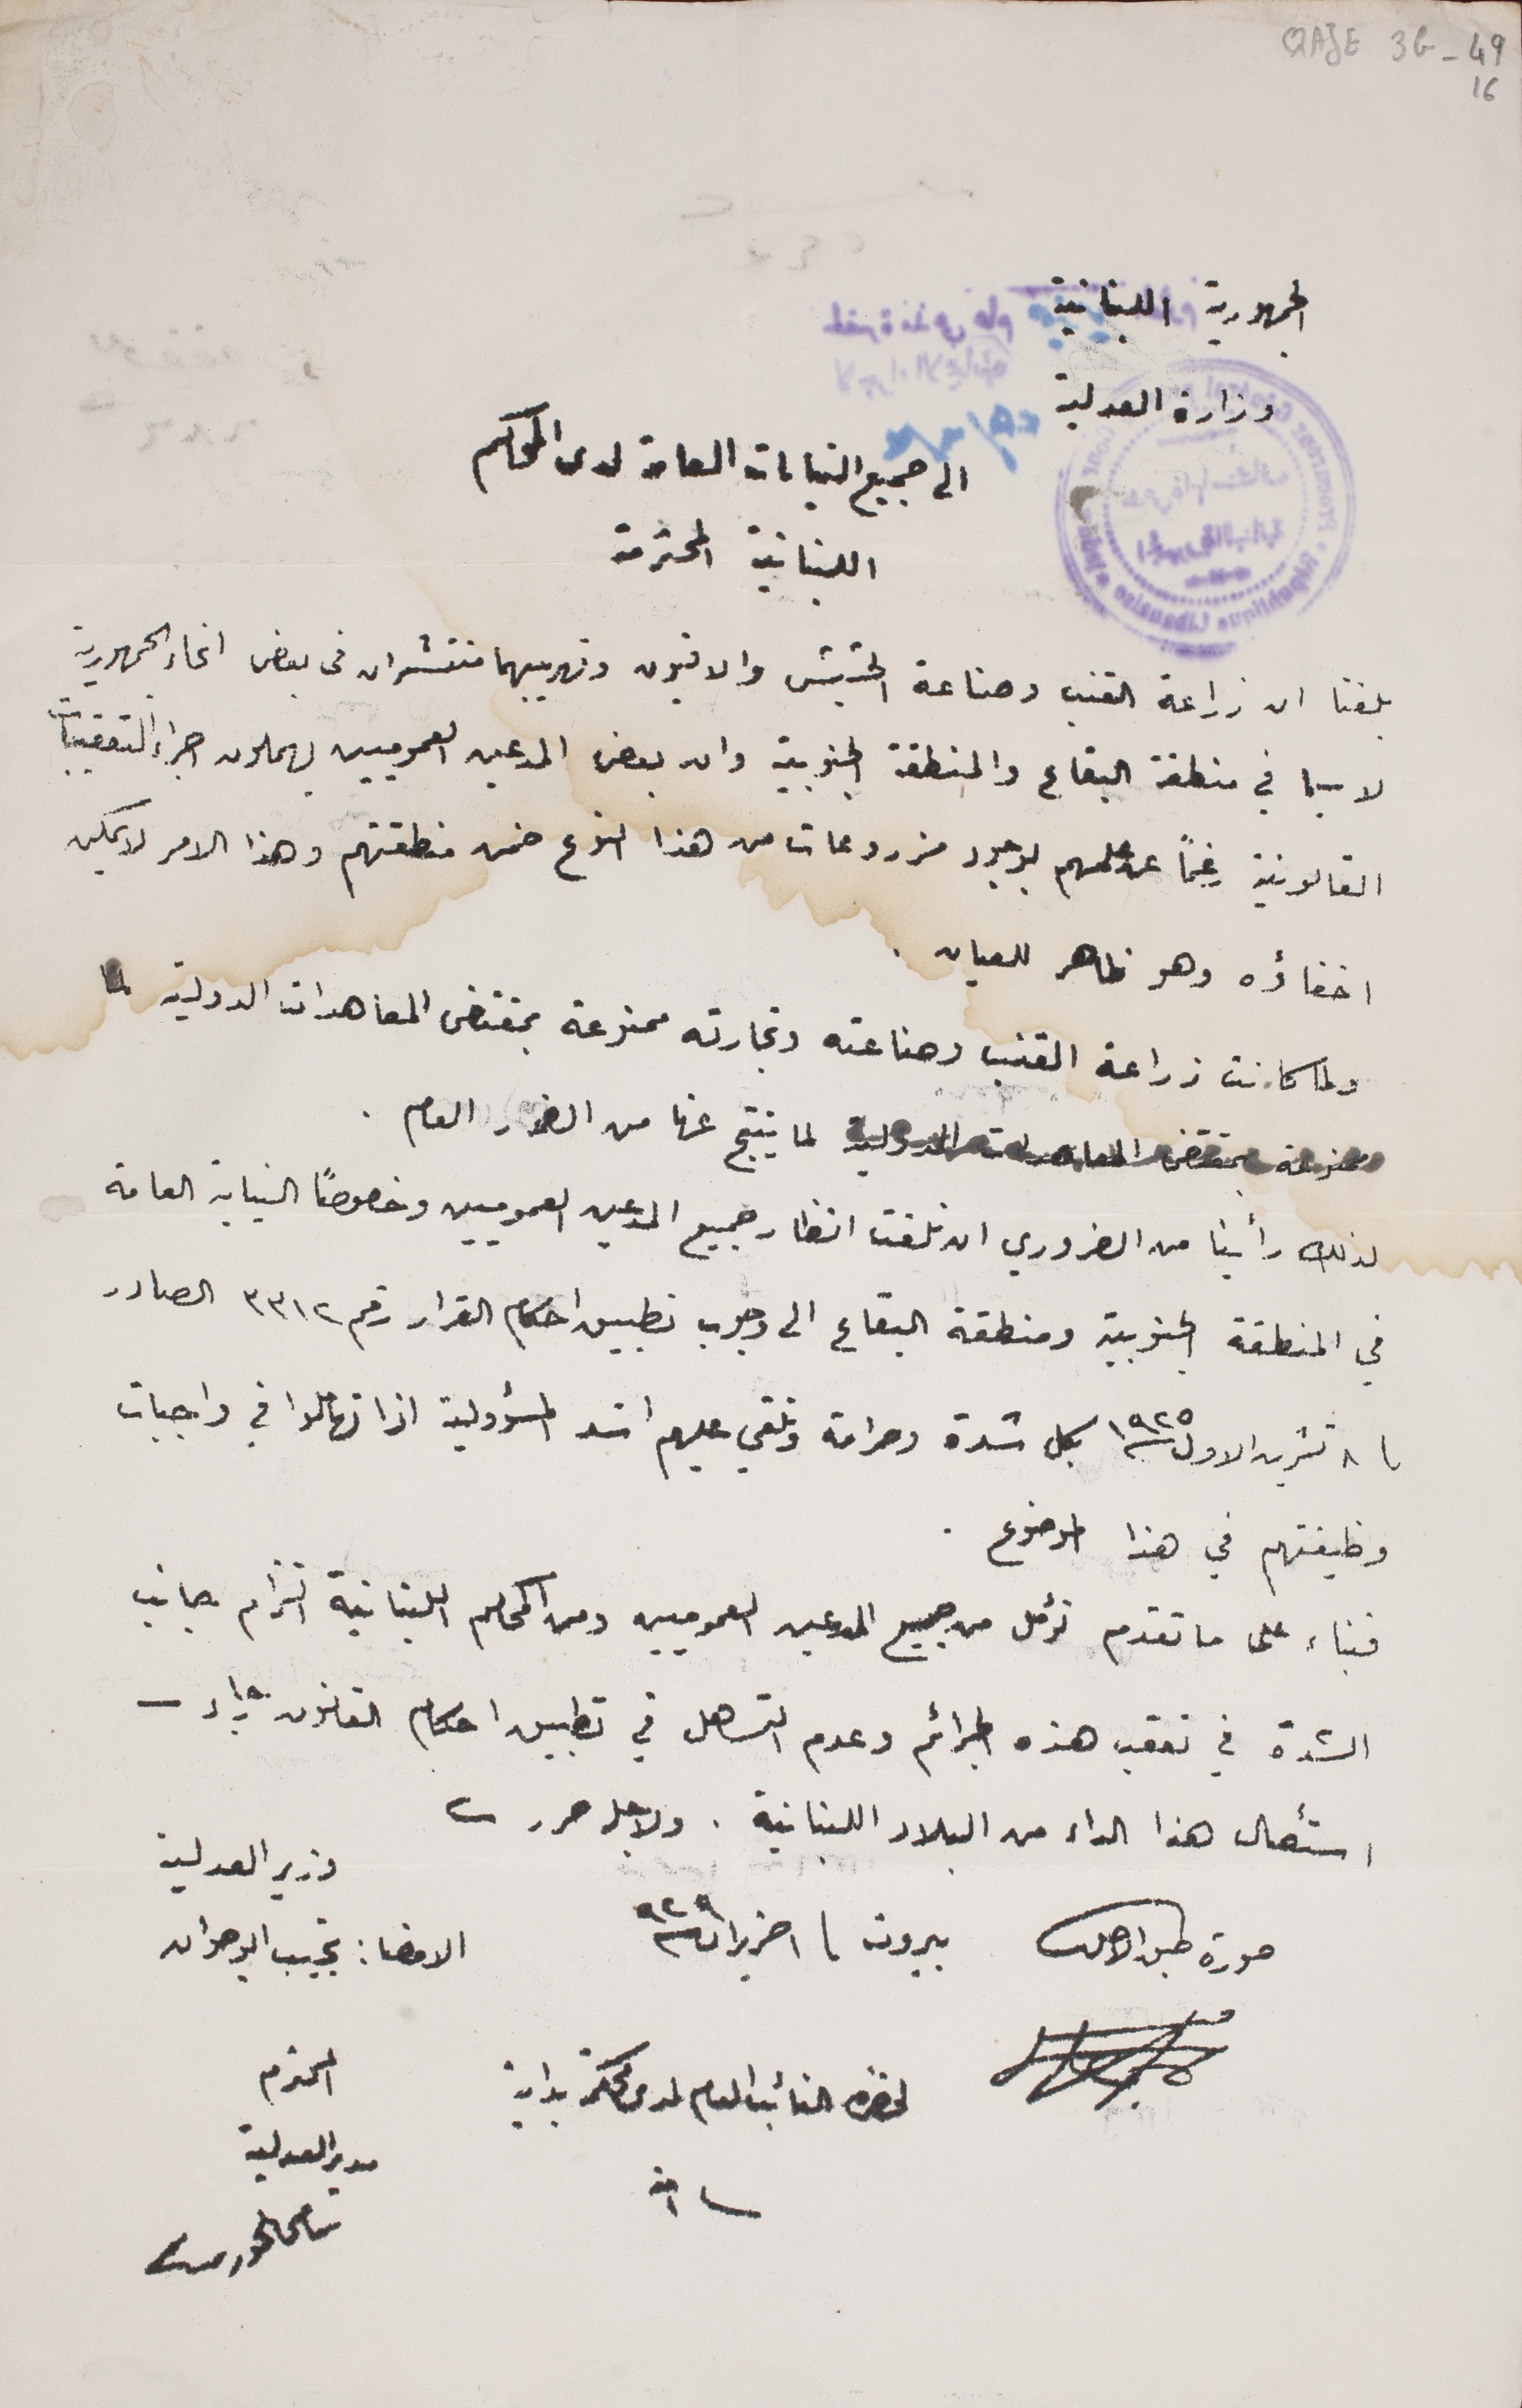
QAJE3G_49 16
الجمهورية اللبنانية
وزارة العدلية
الى جميع النيابات العامة لدى المحاكم
اللبنانية المحترمة
بلغنا ان زراعة القنب وصناعة الحشيش والافيون وتهريبهما منتشران فى بعض انحاء الجمهورية
لا سيما في منطقة البقاع والمنطقة الجنوبية وان بعض المدعين العموميين يهملون جراء التعقيبات
القانونية رغماً عن علمهم بوجود مزروعات من هذا النوع ضمن منطقتهم وهذا الامر لا يمكن
اخفاؤه وهو ظاهر للعيان.
ولما كانت زراعة القنب وصناعته وتجارته ممنوعة بمقتضى المعاهدات الدولية لما
ممنوعة بمقتضى المعاهدات الدولية لما ينتج عنها من الضرر العام.
لذلك رأينا من الضروري ان نلفت انظار جميع المدعين العموميين وخصوصاً النيابة العامة
في المنطقة الجنوبية ومنطقة البقاع الى وجوب تطبيق احكام القرار رقم ٣٣١٢ الصادر
في ٨ تشرين الاول ١٩٢٥ بكل شدة وصرامة وتلقي عليهم اشد المسؤولية اذا تهاملوا في واجبات
وظيفتهم في هذا الموضوع.
فبناء على ما تقدم نؤمل من جميع المدعين العموميين ومن المحاكم اللبنانية التزام جانب
الشدة في تعقب هذه الجرائم وعدم التساهل في تطبيق احكام القانون رجاء
استئصال هذا الداء من البلاد اللبنانية. ولاجله حرر
صورة طبق الاصل       بيروت ١ حزيران ٩٢٩
وزير العدلية
الامضا : نجيب ابو صوان
لحضرة النائب العام لدى محكمة بداية
المحترم مدير العدلية سامى الخوري